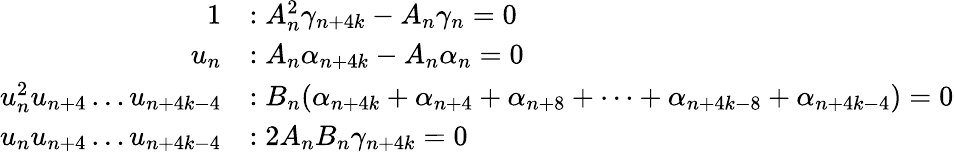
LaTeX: \begin{array}{rl}{1}&{:A_{n}^{2}\gamma_{n+4k}-A_{n}\gamma_{n}=0}\\ {u_{n}}&{:A_{n}\alpha_{n+4k}-A_{n}\alpha_{n}=0}\\ {u_{n}^{2}u_{n+4}\dots u_{n+4k-4}}&{:B_{n}(\alpha_{n+4k}+\alpha_{n+4}+\alpha_{n+8}+\dots+\alpha_{n+4k-8}+\alpha_{n+4k-4})=0}\\ {u_{n}u_{n+4}\dots u_{n+4k-4}}&{:2A_{n}B_{n}\gamma_{n+4k}=0}\end{array}